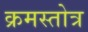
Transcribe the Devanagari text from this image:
क्रमस्तोत्र